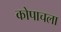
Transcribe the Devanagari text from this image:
कोपाचला